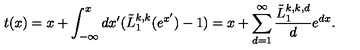
t ( x ) = x + \int _ { - \infty } ^ { x } d x ^ { \prime } ( { \tilde { L } _ { 1 } ^ { k , k } ( e ^ { x ^ { \prime } } ) } - 1 ) = x + \sum _ { d = 1 } ^ { \infty } \frac { \tilde { L } _ { 1 } ^ { k , k , d } } { d } e ^ { d x } .